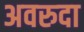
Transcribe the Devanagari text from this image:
अवरुदा